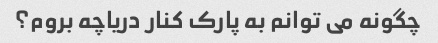
چگونه می توانم به پارک کنار دریاچه بروم؟